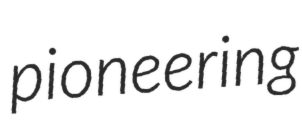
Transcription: pioneering